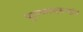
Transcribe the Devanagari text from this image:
पुराणस्वरूपांत